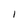
Character: I